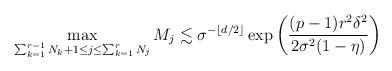
LaTeX: \begin{align*}\max_{\sum_{k=1}^{r-1}N_{k}+1 \le j \le \sum_{k=1}^{r} N_{j}} M_j \lesssim \sigma^{-\lfloor d/2 \rfloor} \exp \left ( \frac{(p-1)r^2 \delta^2}{2\sigma^2 (1-\eta)} \right )\end{align*}